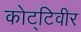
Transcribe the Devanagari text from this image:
कोट्टिवीर